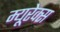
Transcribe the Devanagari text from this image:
म्यूरेक्स